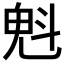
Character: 𣁽